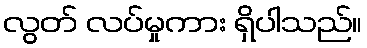
လွတ် လပ်မှုကား ရှိပါသည်။